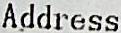
ADDRESS